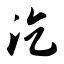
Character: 汔